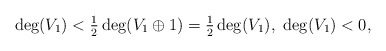
\begin{align*}\deg(V_1)<\tfrac12\deg(V_1\oplus 1) = \tfrac12 \deg(V_1),\ \deg(V_1)<0,\end{align*}